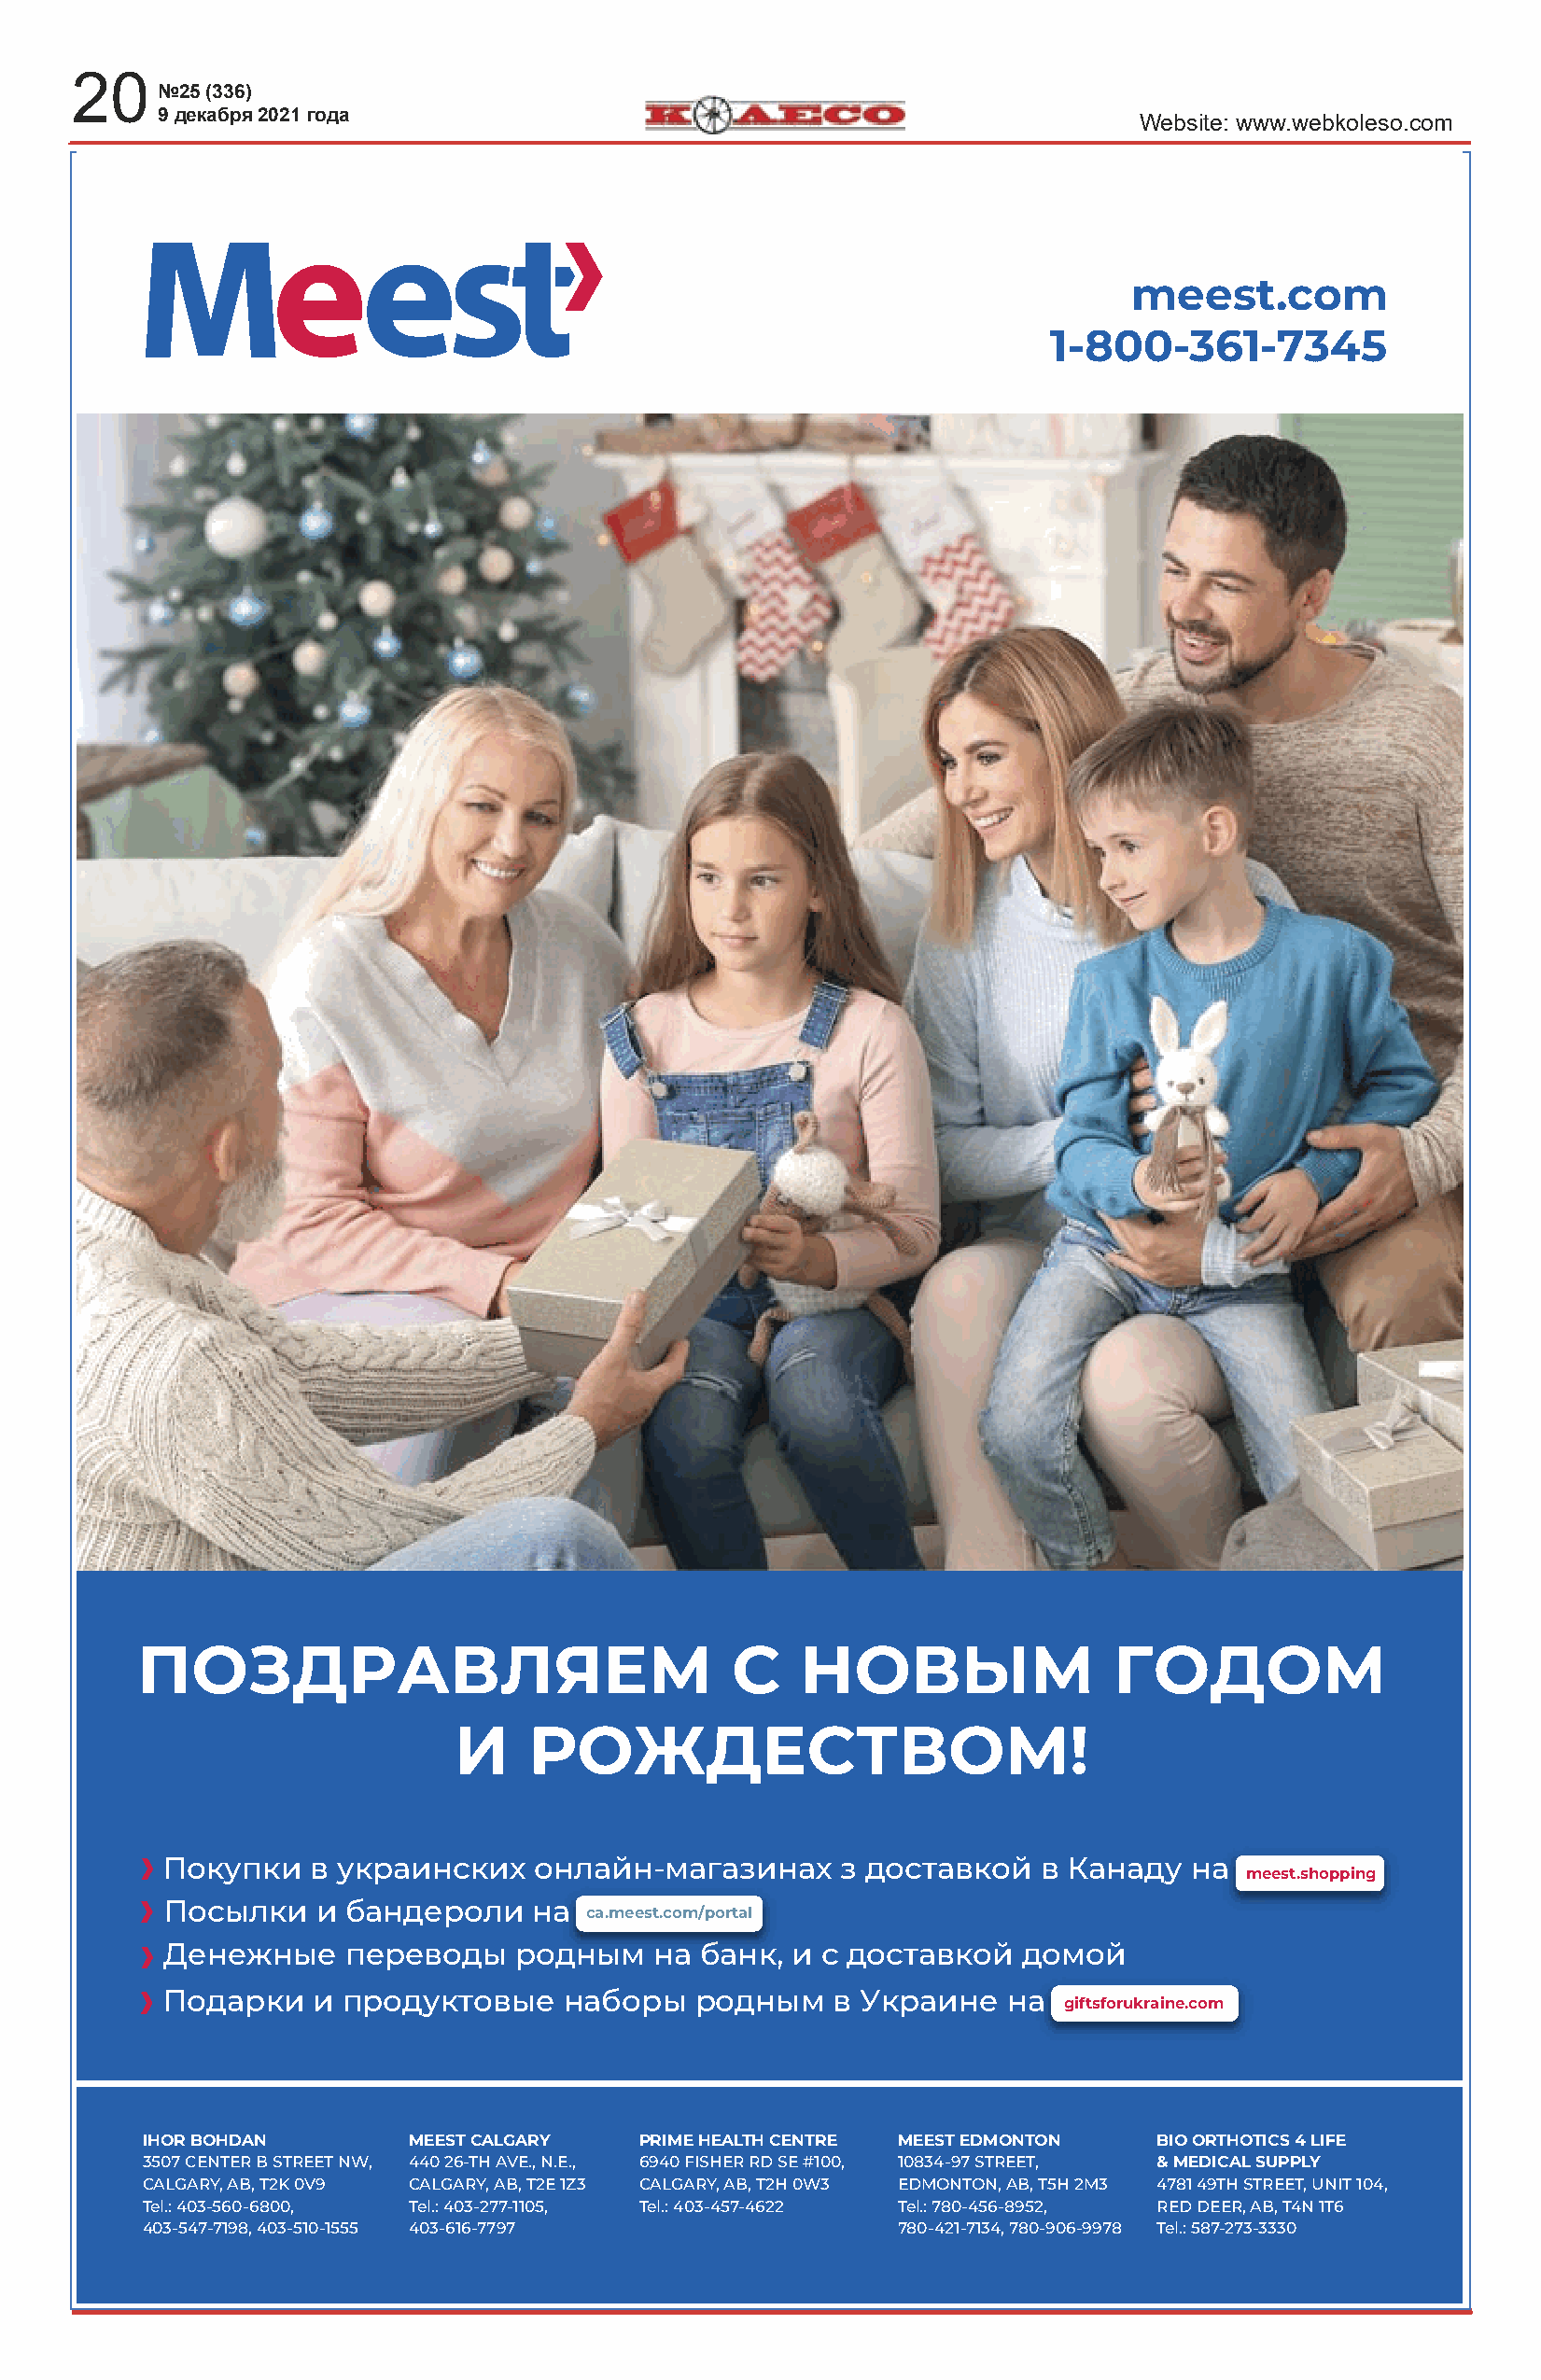
20
 №25 (336)
 9 декабря 2021 года                                         К О Л Е С ИWeМbsi teП: wОww .wКeАbkoНleАso.ДcomЕ
 meest.com
 1-800-361-7345
 ПОЗДРАВЛЯЕМ                               С    НОВЫМ                 ГОДОМ
 И    РОЖДЕСТВОМ!
 Покупки   в украинских    онлайн-магазинах      з доставкой   в Канаду  на
 mmeeeesstt..sshhooppppiinngg
 Посылки   и бандероли     на
 ссaa..mmeeeesstt..ccoomm//ppoorrttaall
 Денежные    переводы     родным   на  банк, и с доставкой   домой
 Подарки   и продуктовые     наборы   родным    в Украине   на
 ggiiffttssffoorruukkrraaiinnee..ccoomm
 IHOR BOHDAN        MEEST CALGARY   PRIME HEALTH CENTRE MEEST EDMONTON   BIO ORTHOTICS 4 LIFE
 3507 CENTER B STREET NW, 440 26-TH AVE., N.E., 6940 FISHER RD SE #100, 10834-97 STREET, & MEDICAL SUPPLY
 CALGARY, AB, T2K 0V9 CALGARY, AB, T2E 1Z3 CALGARY, AB, T2H 0W3 EDMONTON, AB, T5H 2M3 4781 49TH STREET, UNIT 104,
 Tel.: 403-560-6800, Tel.: 403-277-1105, Tel.: 403-457-4622 Tel.: 780-456-8952, RED DEER, AB, T4N 1T6
 403-547-7198, 403-510-1555 403-616-7797               780-421-7134, 780-906-9978 Tel.: 587-273-3330